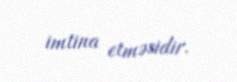
imtina etməsidir.